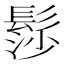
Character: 髿